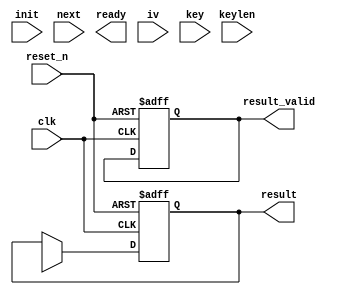
module hc_core (
                input wire           clk,
                input wire           reset_n,
                input wire           init,
                input wire           next,
                output wire          ready,
                input wire [255 : 0] iv,
                input wire [255 : 0] key,
                input wire           keylen,
                output wire [31 : 0] result,
                output wire          result_valid
               );
  localparam CTRL_IDLE = 3'h0;
  function [31 : 0] f1 (input [31 : 0] x);
    begin
      f1 = {x[6 : 0], x[31 : 7]} ^ {x[17 : 0], x[31 : 18]} ^ {x[2 : 0], x[31 : 3]};
    end
  endfunction 
  function [31 : 0] f2 (input [31 : 0] x);
    begin
      f2 = {x[16 : 0], x[31 : 17]} ^ {x[18 : 0], x[31 : 19]} ^ {x[9 : 0], x[31 : 10]};
    end
  endfunction 
  reg [31 : 0] P [0 : 511];
  reg [31 : 0] P_new;
  reg  [8 : 0] P_addr;
  reg          P_we;
  reg [31 : 0] Q [0 : 511];
  reg [31 : 0] Q_new;
  reg  [8 : 0] Q_addr;
  reg          Q_we;
  reg [31 : 0] s_reg;
  reg [31 : 0] s_new;
  reg          s_we;
  reg          update_s;
  reg          s_valid_reg;
  reg          s_valid_new;
  reg          s_valid_we;
  reg [9 : 0]  i_ctr_reg;
  reg [9 : 0]  i_ctr_new;
  reg          i_ctr_inc;
  reg          i_ctr_rst;
  reg          i_ctr_we;
  reg [2 : 0]  hc_core_ctrl_reg;
  reg [2 : 0]  hc_core_ctrl_new;
  reg          hc_core_ctrl_we;
  reg update_state;
  reg init_mode;
  assign result       = s_reg;
  assign result_valid = s_valid_reg;
  always @ (posedge clk or negedge reset_n)
    begin : reg_update
      if (!reset_n)
        begin
          i_ctr_reg   <= 10'h0;
          s_reg       <= 32'h0;
          s_valid_reg <= 0;
        end
      else
        begin
          if (i_ctr_we)
            i_ctr_reg <= i_ctr_new;
          if (P_we)
            P[P_addr] <= P_new;
          if (Q_we)
            Q[Q_addr] <= Q_new;
          if (s_we)
            s_reg <= s_new;
          if (s_valid_we)
            s_valid_reg <= s_valid_new;
        end
    end
  always @*
    begin : state_update
    end 
  always @*
    begin : s_generate
      reg  [8 : 0] j_000;
      reg  [8 : 0] j_012;
      reg [31 : 0] P_000;
      reg [31 : 0] P_012;
      reg [31 : 0] Q_000;
      reg [31 : 0] Q_012;
    end
  always @*
    begin : i_ctr
      i_ctr_new = 10'h0;
      i_ctr_we  = 0;
      if (i_ctr_rst)
          i_ctr_we  = 1;
      if (i_ctr_inc)
        begin
          i_ctr_new = i_ctr_reg + 1'b1;
          i_ctr_we  = 1;
        end
    end
  always @*
    begin : hc_ctrl
      update_s         = 0;
      update_state     = 0;
      init_mode        = 0;
      i_ctr_rst        = 0;
      i_ctr_inc        = 0;
      s_valid_new      = 0;
      s_valid_we       = 0;
      hc_core_ctrl_new = CTRL_IDLE;
      hc_core_ctrl_we  = 0;
      case (hc_core_ctrl_reg)
        CTRL_IDLE:
          begin
          end
        default:
          begin
          end
      endcase 
    end
endmodule